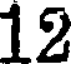
12